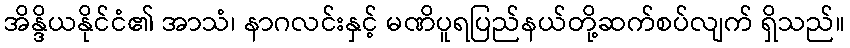
အိန္ဒိယနိုင်ငံ၏ အာသံ၊ နာဂလင်းနှင့် မဏိပူရပြည်နယ်တို့ဆက်စပ်လျက် ရှိသည်။